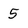
Character: 5